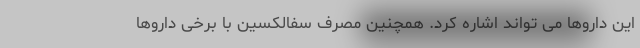
این داروها می تواند اشاره کرد. همچنین مصرف سفالکسین با برخی داروها